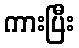
ကားပြီး